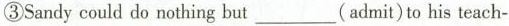
③Sandy could do nothing but___(admit)to his teach-